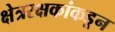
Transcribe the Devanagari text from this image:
क्षेत्ररक्षकांकडून